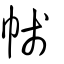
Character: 帴